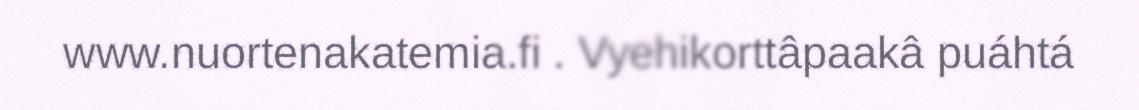
www.nuortenakatemia.fi . Vyehikorttâpaakâ puáhtá